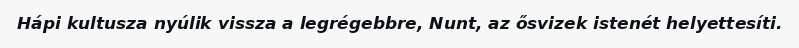
Hápi kultusza nyúlik vissza a legrégebbre, Nunt, az ősvizek istenét helyettesíti.